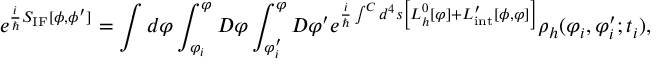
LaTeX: e ^ { { \frac { i } { \hbar } } S _ { \mathrm { I F } } [ \phi , \phi ^ { \prime } ] } = \int d \varphi \int _ { \varphi _ { i } } ^ { \varphi } { \cal D } \varphi \int _ { \varphi _ { i } ^ { \prime } } ^ { \varphi } { \cal D } \varphi ^ { \prime } e ^ { { \frac { i } { \hbar } } \int ^ { \cal C } d ^ { 4 } s \left[ { \cal L } _ { h } ^ { 0 } [ \varphi ] + { \cal L } _ { \mathrm { i n t } } ^ { \prime } [ \phi , \varphi ] \right] } \rho _ { h } ( \varphi _ { i } , \varphi _ { i } ^ { \prime } ; t _ { i } ) ,